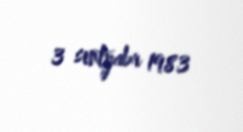
3 sentyabr 1983